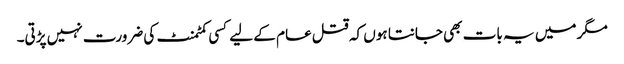
مگر میں یہ بات بھی جانتا ہوں کہ قتل عام کے لیے کسی کمٹمنٹ کی ضرورت نہیں پڑتی۔